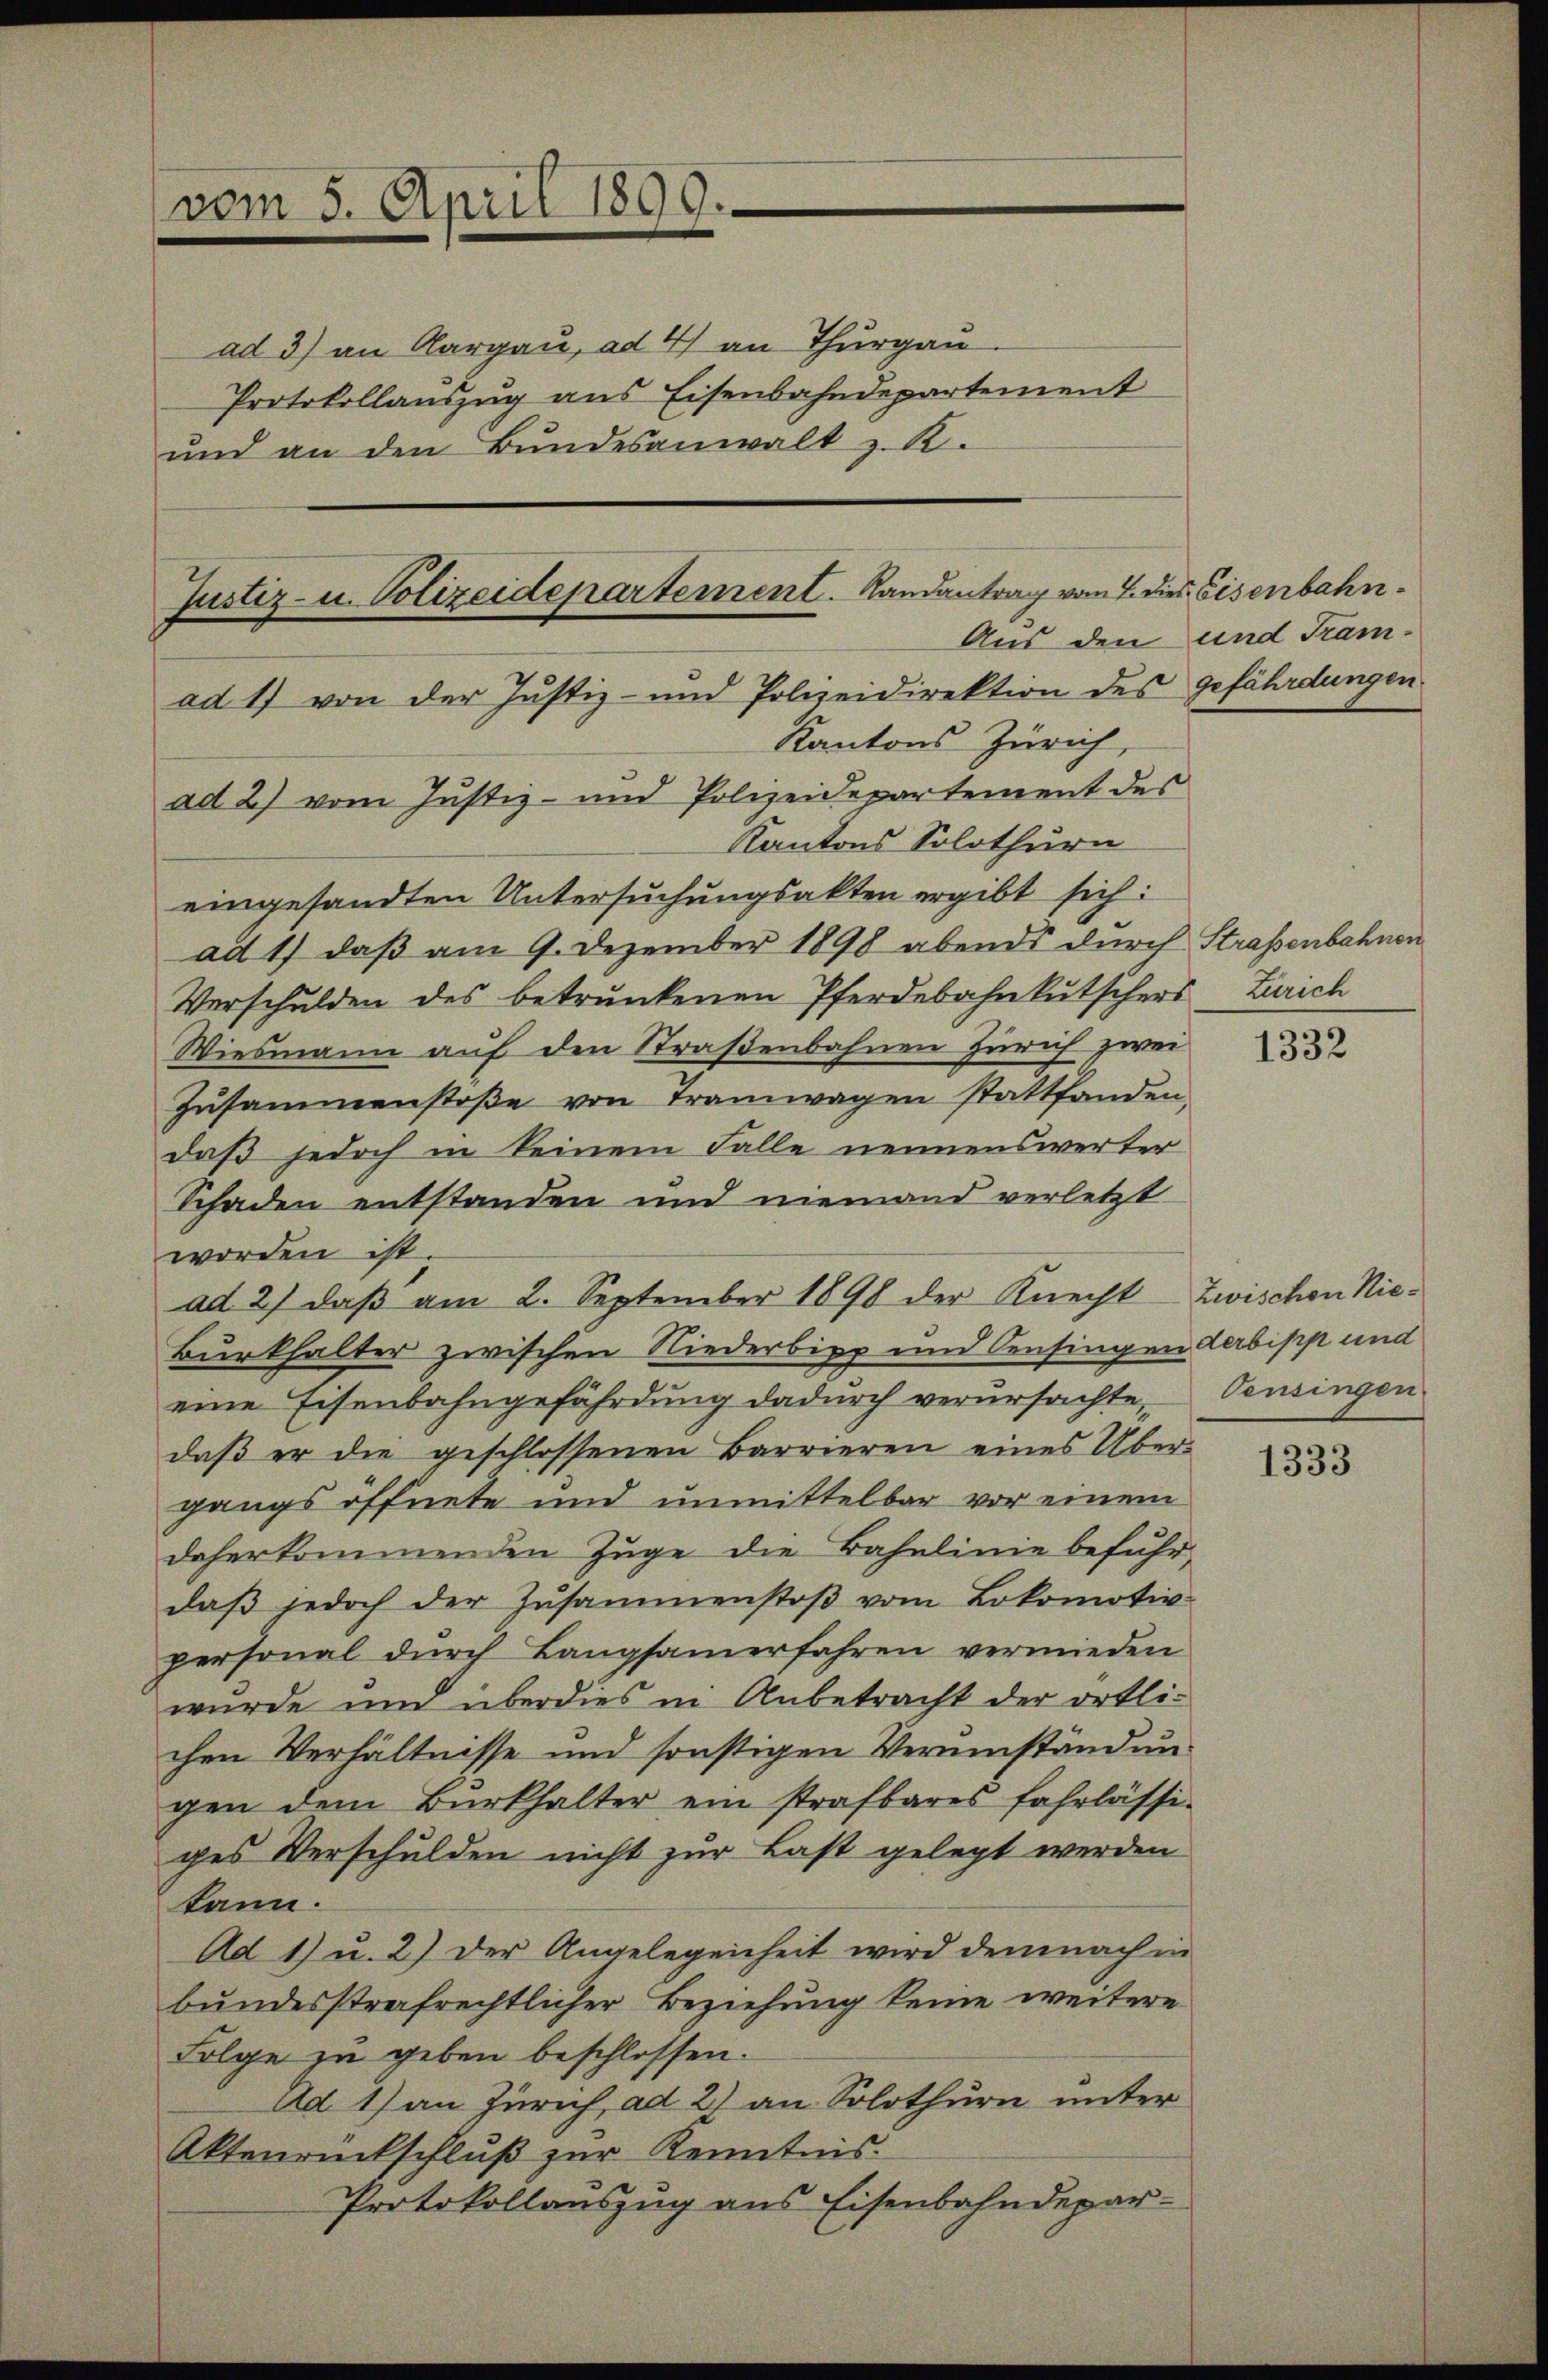
vom 5. April 1899.

ad 3) an Aargau, ad 4) an Thurgau
Protokollauszug aus Eisenbahndepartement
und an den Bŭndesanwalt z. R.

Justiz- u. Polizeidepartement. Randantrag vom 7. dies Eisenbahnad 17 von der Justiz- und Polizeidirektion des gefährdungen

Kantons Zürich,
ad 2) vom Justiz- und Polizeidepartement des
Kantons Solothurn
eingesandten Untersuchungsakten ergibt sich:
ad 1) daß am 9. Dezember 1898 abends durch
Verschulden des betrunkenen Pferdebahnkutschers Zürich
Wiesmann auf den Straßenbahnen Zürich zwei
Zusammenstoβe von Tramwagen stattfanden.
daß jedoch in keinem Falle nennenswerter
Schaden entstanden und niemand verletzt
worden ist
ad 2) daß am 2. September 1898 der Knecht
Burkhalter zwischen Niederbipp und Censingen derbipp und
eine Eisenbahngefährdung dadurch verursachte,
daß er die geschlossenen Barrieren eines Übergangs öffnete und unmittelbar vor einem
daherkommenden Zuge die Bahnlinie befuhr
daβ jedoch der Zusammenstoβ vom Lokomotiv-
personal durch Langsamerfahren vermieden
wurde und überdies in Anbetracht der örtlichen Verhältnisse und sonstigen Verumständungen dem Burkhalter ein strafbares fahrlässi-
ges Verschulden nicht zur Last gelegt werden
kann.
Ad 1) u. 2) der Angelegenheit wird demnach in
bundesstrafrechtlicher Beziehung keine weitere
Folge zu geben beschlossen.
Ad 1) an Zürich ad 2) an Solothurn unter
Aktenrückschluß zur Kenntnis.
Protokollauszug aus Eisenbahndepar¬

Aus den und Tram¬

Straßenbahnen

1332

Zwischen Nie¬
Pensingen

1333